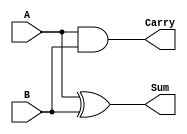
module half_adder (
    input wire A,         // First input bit
    input wire B,         // Second input bit
    output wire Sum,      // Sum output (A XOR B)
    output wire Carry     // Carry output (A AND B)
);
    assign Sum = A ^ B;    // Sum is the XOR of A and B
    assign Carry = A & B;  // Carry is the AND of A and B
endmodule